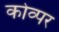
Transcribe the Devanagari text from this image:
कोव्पर